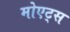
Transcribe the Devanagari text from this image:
मोएट्स